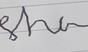
Signature authenticity: forged